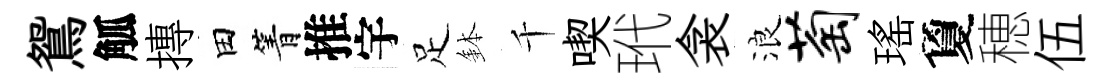
鴛觚摶田箐推宇足鉢千喫玳衾浪萄瑤夐穂伍